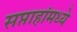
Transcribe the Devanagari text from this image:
सप्ताहांमध्ये